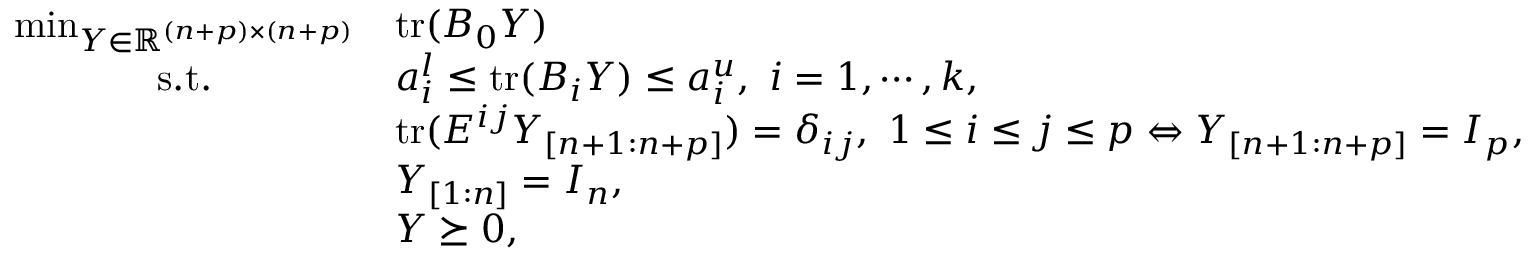
\begin{array} { c l } { \operatorname* { m i n } _ { Y \in { \mathbb R } ^ { { ( n + p ) } \times { ( n + p ) } } } } & { \mathrm { t r } ( B _ { 0 } Y ) } \\ { \mathrm { s . t . } } & { a _ { i } ^ { l } \le \mathrm { t r } ( B _ { i } Y ) \le a _ { i } ^ { u } , ~ i = 1 , \cdots , k , } \\ & { \mathrm { t r } ( E ^ { i j } Y _ { [ n + 1 : n + p ] } ) = \delta _ { i j } , ~ 1 \le i \le j \le p \Leftrightarrow Y _ { [ n + 1 : n + p ] } = I _ { p } , } \\ & { Y _ { [ 1 : n ] } = I _ { n } , } \\ & { Y \succeq 0 , } \end{array}